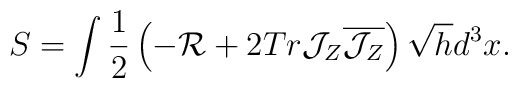
S=\int\frac{1}{2}\left(-{\cal R}+2Tr{\cal J}_Z\overline{{\cal J}_Z}\right)\sqrt{h}d^3x .